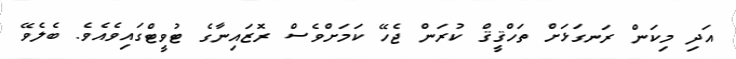
އަދި މިކަން ރަނގަޅަށް ތަހްޤީޤް ކުރަން ޖެހޭ ކަމަށްވެސް ރޮޒައިނާގެ ޓުވީޓްގައިވެއެވެ. ބެލެވޭ